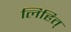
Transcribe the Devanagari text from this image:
लिहित्